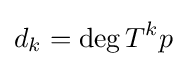
d_{k}=\deg T^{k}p